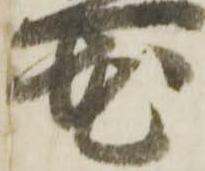
花